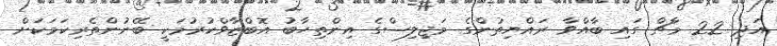
އަދި 22 މާޗް ގައި ބާއްވާ ރައްޔިތުންގެ މަޖިލިސްގެ އިންތިހާބު އޮބްޒާވްކުރުމަކީ ބޭނުންތެރިކަމަކަށް